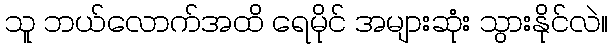
သူ ဘယ်လောက်အထိ ရေမိုင် အများဆုံး သွားနိုင်လဲ။